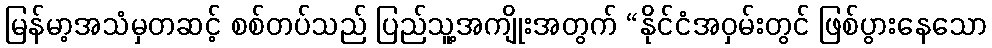
မြန်မာ့အသံမှတဆင့် စစ်တပ်သည် ပြည်သူ့အကျိုးအတွက် “နိုင်ငံအဝှမ်းတွင် ဖြစ်ပွားနေသော